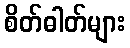
စိတ်ဓါတ်များ